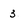
Character: 3